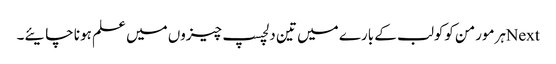
Nextہرمورمن کوکولب کے بارے میں تین دلچسپ چیزوں میں علم ہونا چایئے۔